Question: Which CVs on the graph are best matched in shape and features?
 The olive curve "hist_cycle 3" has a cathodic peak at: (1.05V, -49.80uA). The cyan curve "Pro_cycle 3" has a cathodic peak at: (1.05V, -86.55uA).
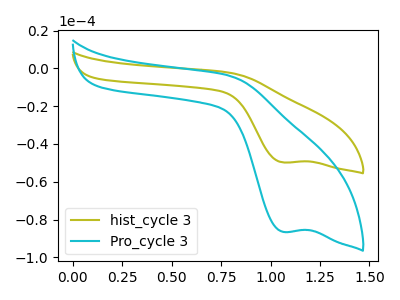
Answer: <think>All the peaks in "hist_cycle 3" have a peak in "Pro_cycle 3" at the same potential. Every peak in "hist_cycle 3" is lower than every peak in "Pro_cycle 3".
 </think>
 <answer>"Pro_cycle 3" and "hist_cycle 3" have the same shape and are likely CV's of the same chemical.</answer>
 <eval>"Pro_cycle 3" "hist_cycle 3"</eval>